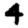
Digit: 4